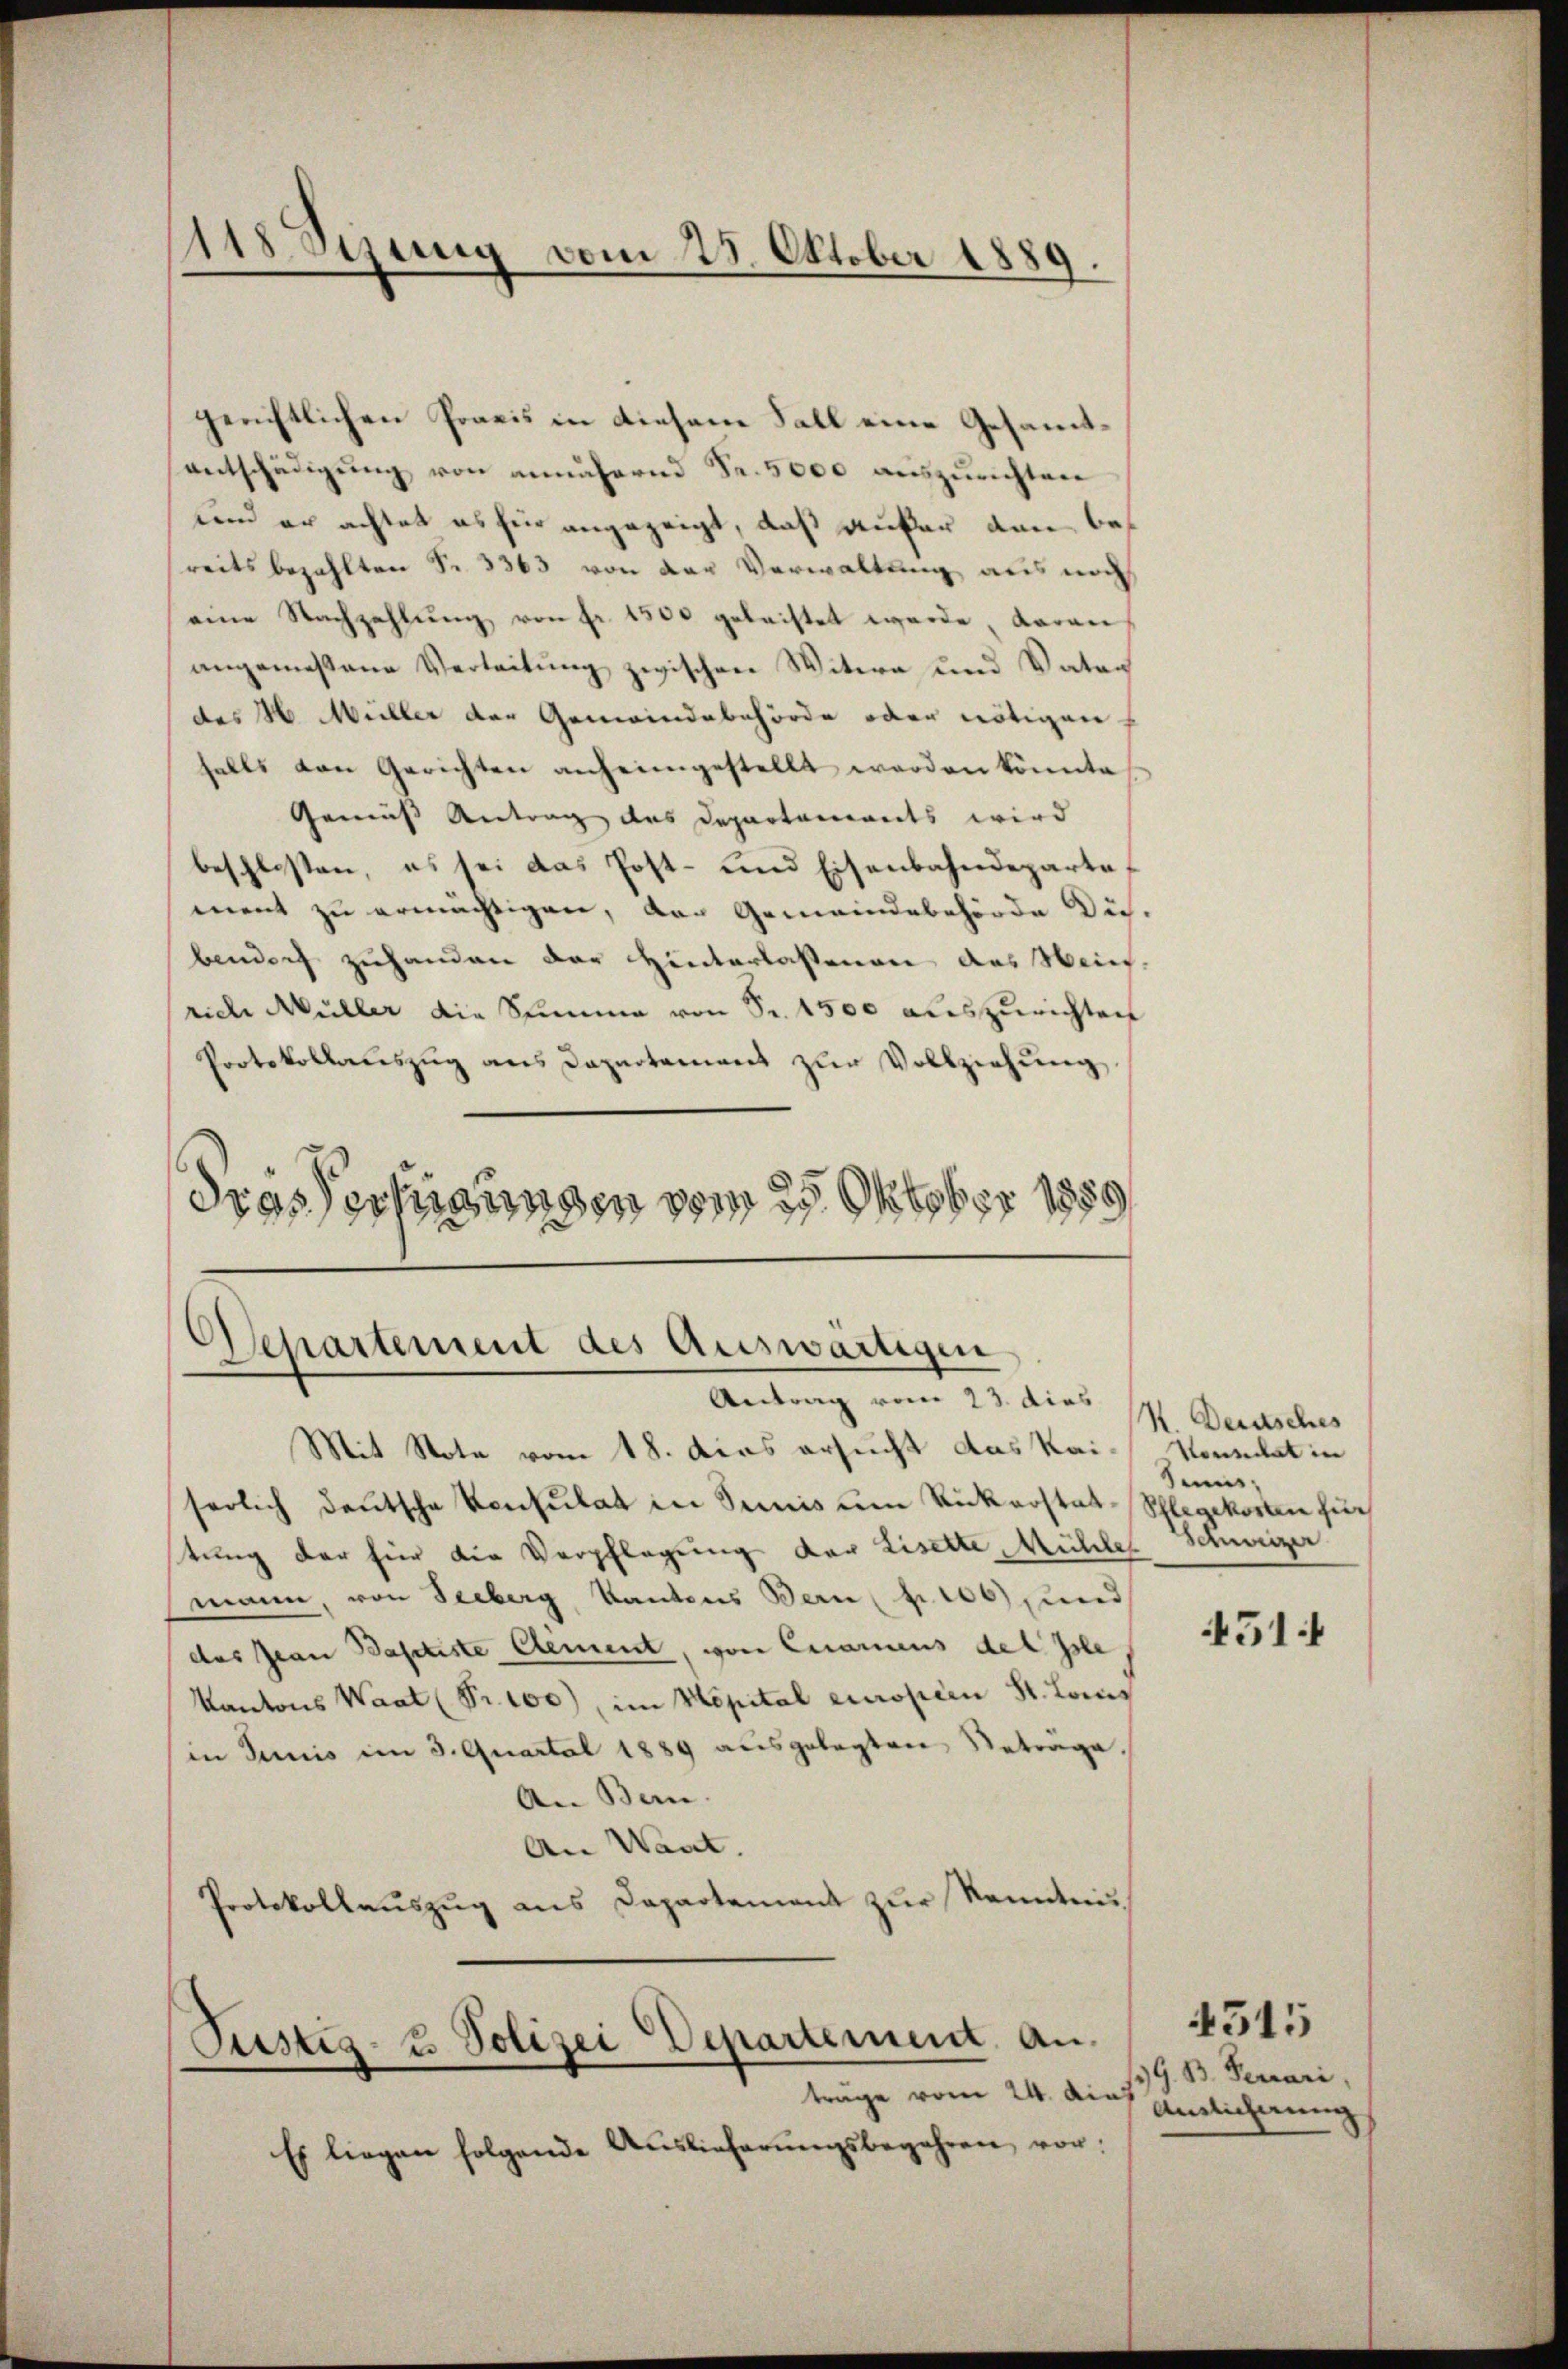
118 Stung vom 25. Oktober 1889.

gerichtlichen Praxis in diesem Fall eine Gesammtentschädigung von annähernd Fr. 5000 auszurichten
und er achtet es für angezeigt, daß außer dan bereits bezahlten §. 3363 von der Verwaltung aus noch
eine Nachzahlŭng von fr. 1500 geleistet werde, daran
angemeßene Verleitung zwischen Witwe und Vater
des H. Müller der Gemeindebehörde oder nötigen
falls von Gerichten anheimgestellt werden könnte,
Gemäss Antrag das Departements wird
beschlosten, es sei das Post- und Eisenbahndepartement zu ermächtigen, der Gemeindebehörde die-
bendorf zuhanden der Hinterlassenen des Wein-
riche Müller die Stimme von Sr. 1500 auszurichten
Protokollauszug aus Departement zur Vollziehung
dres Verfügungen vom 29. Oktober 1859

.
Departement des Auswärtigen
Antrag vom 23. dies

Mit Note vom 18. Das ersucht das Kaiserlich deutsche Konsulat in Seis ŭm Rükerstat-Schlegekosten für
tung der hier die Verpflegung der Lisette, Mühler Schweizer
mann, von Seeberg, Kantons Bern pr. 106), und
das Jean Baptiste Clement, von Carmens del Isle,
Kantons Waat (Nr. 100), im Kapital einopern St. Louis
in Junis im 3. Quartal 1889 ausgelegten Beträge.
An Bern.
An Want.
Protokollaŭszŭg ans Departement zur Kenntniss

Es liegen folgende Auslieferŭngsbegehren vor:

Pustiz- & Polizei Departement. An
träge vom 24. Auch endlicherung

S. Deutsches
Vorlat in
Sens

451

G. B. Ferrari

4515